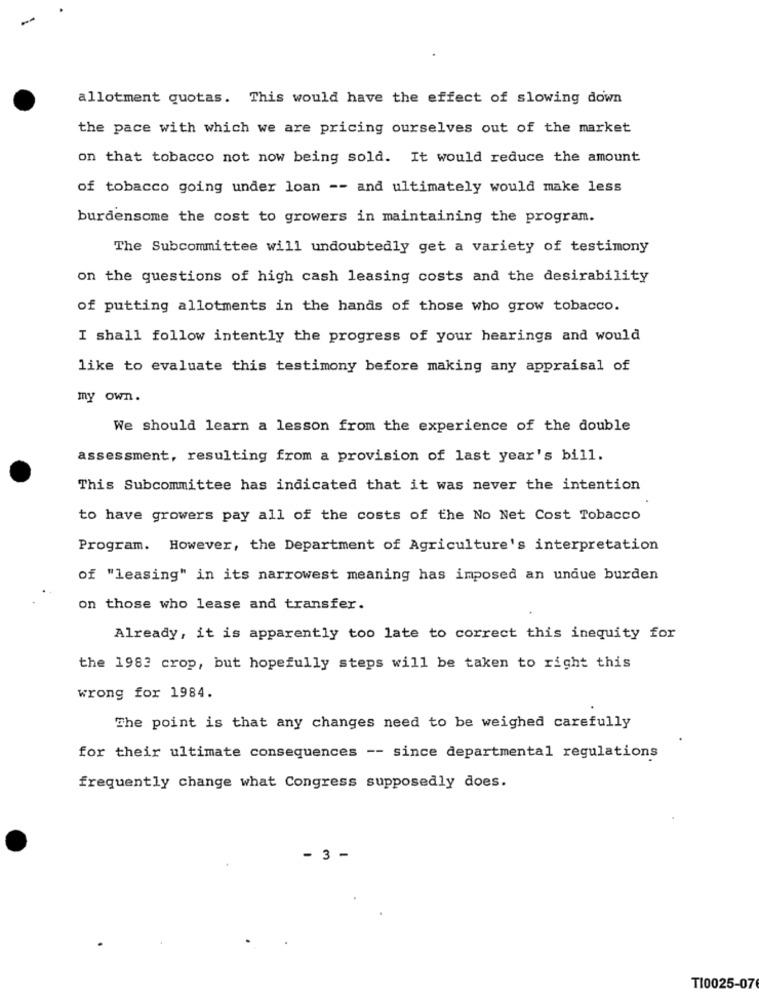
allotment quotas. This would have the effect of slowing down
the pace with which we are pricing ourselves out of the market
on that tobacco not now being sold. It would reduce the amount
of tobacco going under loan -- and ultimately would make less
burdensome the cost to growers in maintaining the program.
The Subcommittee will undoubtedly get a variety of testimony
on the questions of high cash leasing costs and the desirability
of putting allotments in the hands of those who grow tobacco.
I shall follow intently the progress of your hearings and would
like to evaluate this testimony before making any appraisal of
my own.
We should learn a lesson from the experience of the double
assessment, resulting from a provision of last year's bill.
This Subcommittee has indicated that it was never the intention
to have growers pay all of the costs of the No Net Cost Tobacco
Program. However, the Department of Agriculture's interpretation
of "leasing" in its narrowest meaning has imposed an unque burden
on those who lease and transfer.
Already, it is apparently too late to correct this inequity for
the 1983 crop, but hopefully steps will be taken to right this
wrong for 1984.
The point is that any changes need to be weighed carefully
for their ultimate consequences -- since departmental regulations
frequently change what Congress supposedly does.
- 3 -
T10025-076